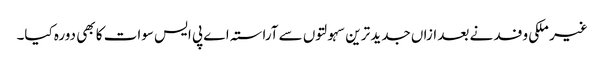
غیر ملکی وفد نے بعد ازاں جدید ترین سہولتوں سے آراستہ اے پی ایس سوات کا بھی دورہ کیا۔